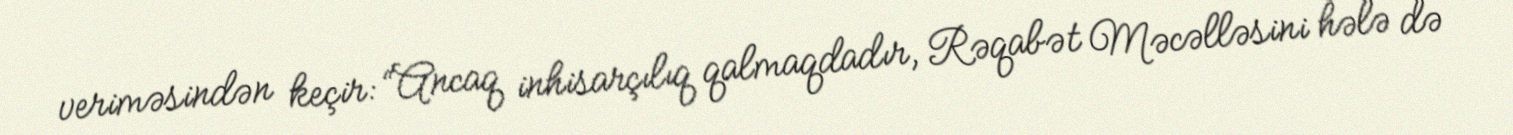
veriməsindən keçir: “Ancaq inhisarçılıq qalmaqdadır, Rəqabət Məcəlləsini hələ də